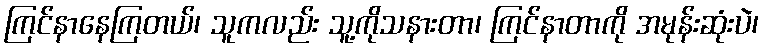
ကြင်နာနေကြတယ်၊ သူကလည်း သူ့ကိုသနားတာ၊ ကြင်နာတာကို အမုန်းဆုံးပဲ၊